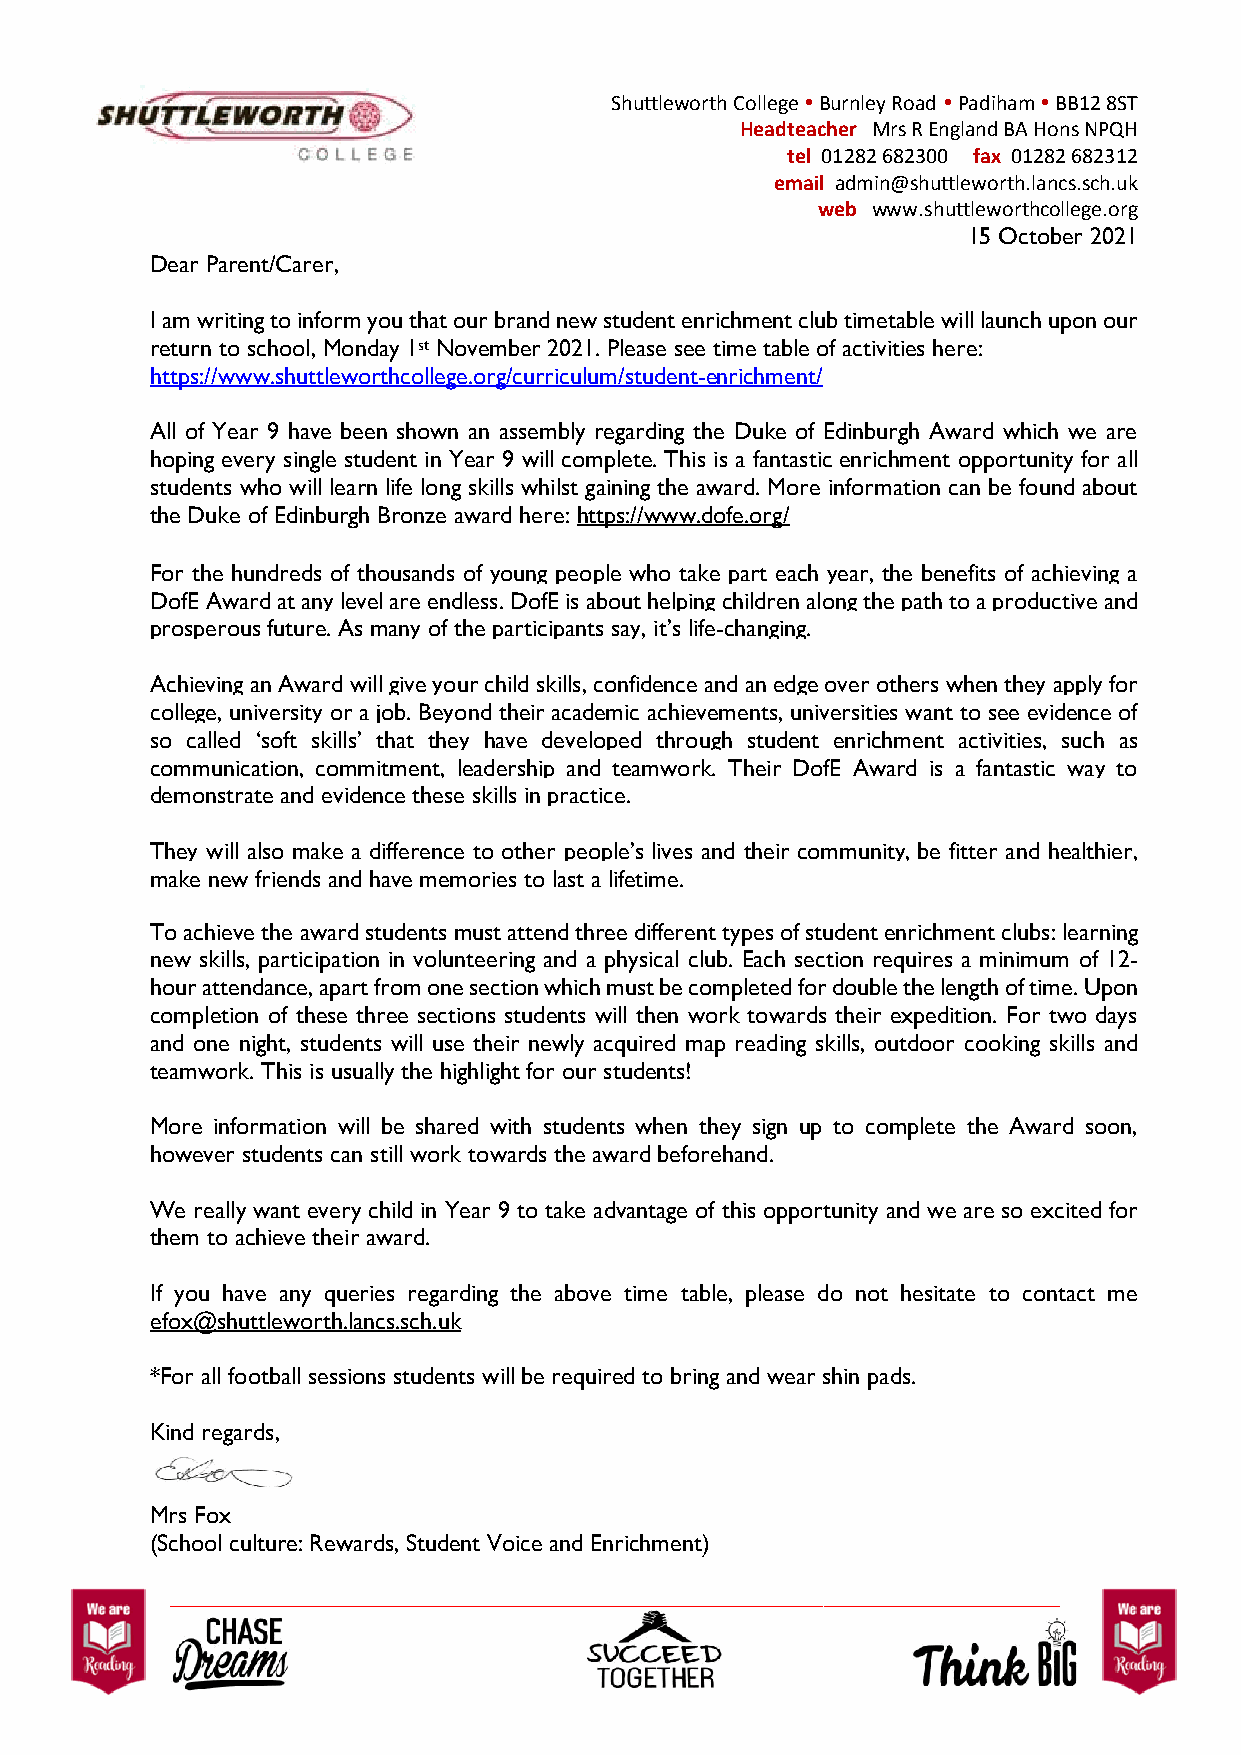
Shuttleworth College  Burnley Road  Padiham  BB12 8ST
 Headteacher Mrs R England BA Hons NPQH
 tel 01282 682300 fax 01282 682312
 email admin@shuttleworth.lancs.sch.uk
 web www.shuttleworthcollege.org
 15 October 2021
 Dear Parent/Carer,
 I am writing to inform you that our brand new student enrichment club timetable will launch upon our
 return to school, Monday 1st November 2021. Please see time table of activities here:
 https://www.shuttleworthcollege.org/curriculum/student-enrichment/
 All of Year 9 have been shown an assembly regarding the Duke of Edinburgh Award which we are
 hoping every single student in Year 9 will complete. This is a fantastic enrichment opportunity for all
 students who will learn life long skills whilst gaining the award. More information can be found about
 the Duke of Edinburgh Bronze award here: https://www.dofe.org/
 For the hundreds of thousands of young people who take part each year, the benefits of achieving a
 DofE Award at any level are endless. DofE is about helping children along the path to a productive and
 prosperous future. As many of the participants say, it’s life-changing.
 Achieving an Award will give your child skills, confidence and an edge over others when they apply for
 college, university or a job. Beyond their academic achievements, universities want to see evidence of
 so called ‘soft skills’ that they have developed through student enrichment activities, such as
 communication, commitment, leadership and teamwork. Their DofE Award is a fantastic way to
 demonstrate and evidence these skills in practice.
 They will also make a difference to other people’s lives and their community, be fitter and healthier,
 make new friends and have memories to last a lifetime.
 To achieve the award students must attend three different types of student enrichment clubs: learning
 new skills, participation in volunteering and a physical club. Each section requires a minimum of 12-
 hour attendance, apart from one section which must be completed for double the length of time. Upon
 completion of these three sections students will then work towards their expedition. For two days
 and one night, students will use their newly acquired map reading skills, outdoor cooking skills and
 teamwork. This is usually the highlight for our students!
 More information will be shared with students when they sign up to complete the Award soon,
 however students can still work towards the award beforehand.
 We really want every child in Year 9 to take advantage of this opportunity and we are so excited for
 them to achieve their award.
 If you have any queries regarding the above time table, please do not hesitate to contact me
 efox@shuttleworth.lancs.sch.uk
 *For all football sessions students will be required to bring and wear shin pads.
 Kind regards,
 Mrs Fox
 (School culture: Rewards, Student Voice and Enrichment)
 ________________________________________________________________